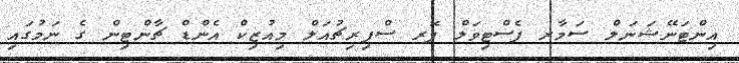
އިންޓަނޭޝަނަލް ސަމާރ ފެސްޓިވަލް ފޮރ ސްޕިރިޗުއަލް މިއުޒިކް އެންޑް ޗާންޓިން ގެ ނަމުގައި